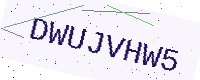
Text: DWUJVHW5